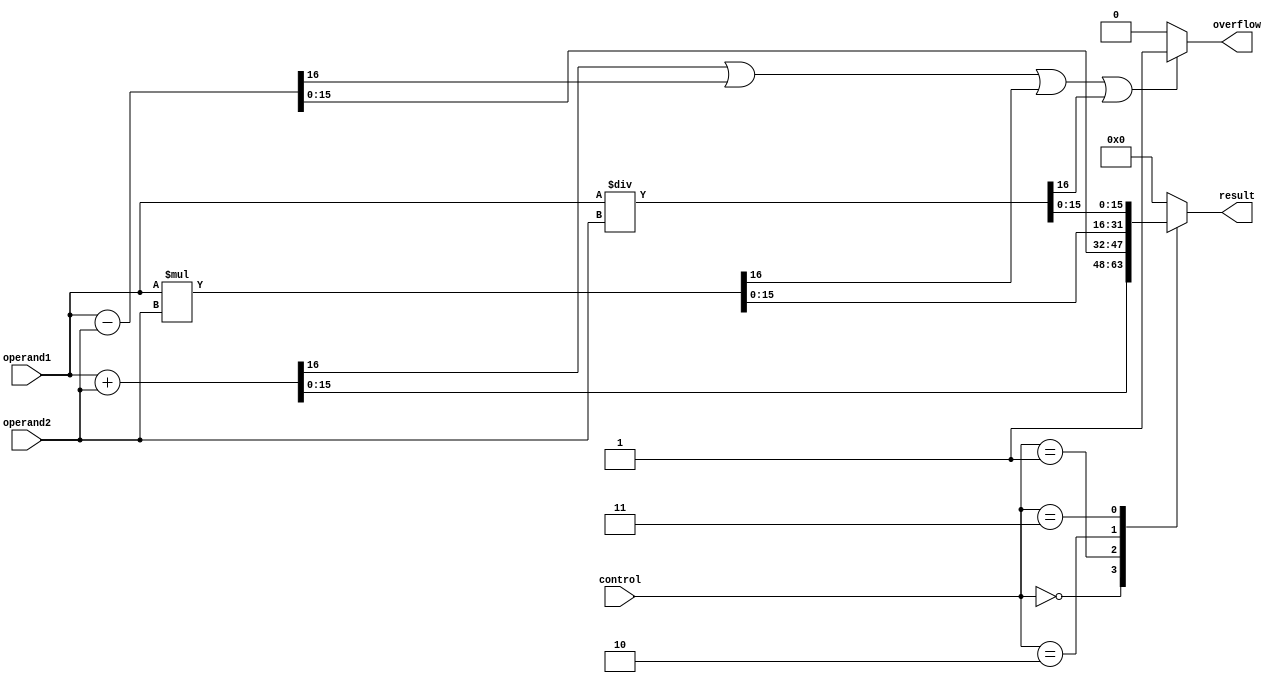
module alu(
    input [15:0] operand1,
    input [15:0] operand2,
    input [3:0] control,
    output reg [15:0] result,
    output reg overflow
);

// Adder block
reg [16:0] add_result;
always @ (*) begin
    add_result = operand1 + operand2;
end

// Subtractor block
reg [16:0] sub_result;
always @ (*) begin
    sub_result = operand1 - operand2;
end

// Multiplier block
reg [31:0] mul_result;
always @ (*) begin
    mul_result = operand1 * operand2;
end

// Divider block
reg [31:0] div_result;
always @ (*) begin
    div_result = operand1 / operand2;
end

// Control signal selection
always @ (*) begin
    case(control)
        4'b0000: result = add_result[15:0];
        4'b0001: result = sub_result[15:0];
        4'b0010: result = mul_result[15:0];
        4'b0011: result = div_result[15:0];
        default: result = 16'h0000;
    endcase
end

// Overflow detection logic
always @ (*) begin
    if(add_result[16] == 1 || sub_result[16] == 1 || mul_result[16] == 1 || div_result[16] == 1) 
        overflow = 1;
    else
        overflow = 0;
end

endmodule